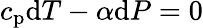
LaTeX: c_{\mathrm{p}}\mathrm{d}T-\alpha\mathrm{d}P=0